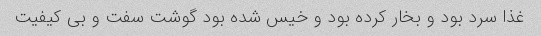
غذا سرد بود و بخار کرده بود و خیس شده بود گوشت سفت و بی کیفیت